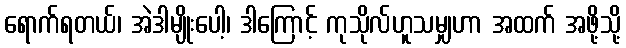
ရောက်ရတယ်၊ အဲဒါမျိုးပေါ့၊ ဒါကြောင့် ကုသိုလ်ဟူသမျှဟာ အထက် အဖို့သို့